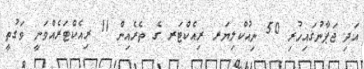
އަދި ޖަޕާނުގައިހުރި 50 ނިއުކްލިޔަރ ރިއެކްޓަރ ގެ ތެރެއިން 11 ރިއެކްޓަރެއްވަނީ ވަގުތީ